system: You are a helpful assistant.
user:
Analyze the provided spectrum to determine if it is a **S-type Star**.

- **Key Indicators for S-type Star:**

    - **(Overall Spectrum Shape):** The first and most obvious characteristic is the overall continuum (the "baseline" shape). It is **extremely "red-sloping,"** meaning the flux (light intensity) is very low on the left side (blue, ~4000-4500 Å) and rises steeply and continuously toward the right side (red, ~7000 Å+).

    - **(Primary):** The spectrum is defined by the presence of strong, broad molecular absorption "valleys" (bands) from **Zirconium Oxide (ZrO)**. The identification of these bands is the **primary requirement** for classifying a star as S-type.
        - **(Key Bandheads):** You must find distinct, deep "dips" where the light has been absorbed. The most critical band systems to locate are:
            - **~6474 Å** ($\gamma$-system): This is often the strongest and clearest ZrO feature, found in the red part of the spectrum.
            - **~5718 Å** & **~5551 Å** ($\beta$-system): A pair of prominent absorption features in the yellow-orange part of the spectrum.
            - **~4640 Å** ($\alpha$-system): A key absorption band system in the blue-green region of the spectrum.

    - **(Secondary Confirmation):** The classification is strengthened by finding additional absorption bands from other related heavy element oxides, which are expected to be present alongside ZrO.
        - **(Key Bandheads):**
            - **Yttrium Oxide (YO):** Look for absorption dips near **~4800 Å** and **~6100 Å**.
            - **Lanthanum Oxide (LaO):** Additional absorption features, particularly in the red-orange part of the spectrum, are also characteristic.

    - **(Line Profile):** The combination of the steep red continuum and these numerous, deep molecular bands (ZrO, YO, etc.) gives the entire spectrum a very **"chopped-up"** or **"bumpy"** appearance. Instead of a smooth curve, the spectrum looks as though large, wide chunks of light have been "carved out" of it at the specific wavelengths listed above.

Think first, call **spectral_visualization_tool** if needed to examine features in detail, then provide your final answer. Your response must adhere to the following strict rules:
1.  **Overall Structure:** Your response must follow the format `<think>...</think> <tool_call>...</tool_call> (if a tool is used) <answer>...</answer>`.
2.  **Tool Usage Constraint:** You may only make **one** tool call per turn.
3.  **Final Answer Format:** In the `<answer>` tag, your conclusion must be inside a `\boxed{}` command (e.g., `\boxed{YES}` or `\boxed{NO}`), followed by your justification.

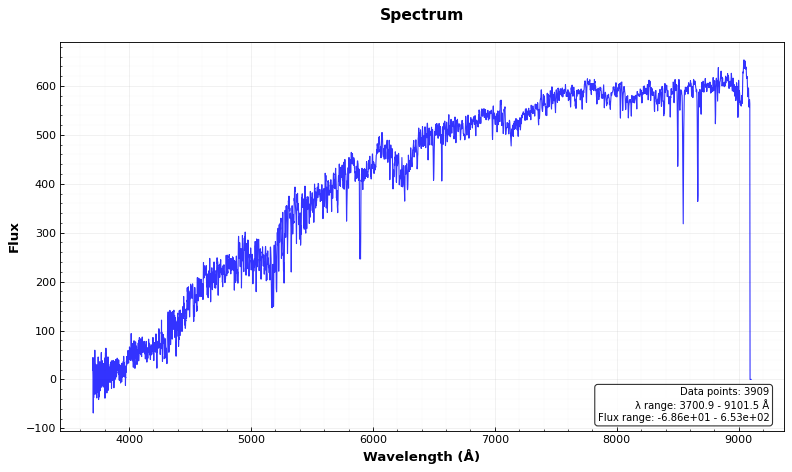
Answer: NO